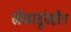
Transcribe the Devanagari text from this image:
खेळाडूंसहीत